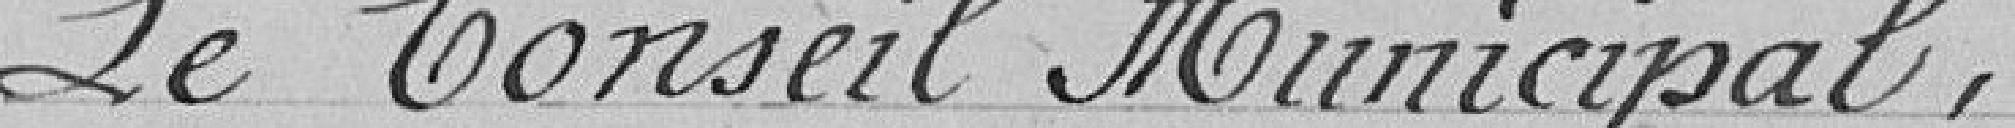
Le Conseil Municipal ,